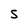
Character: S